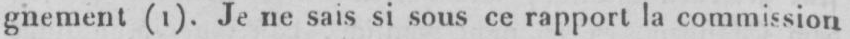
gnement (1). Je ne sais si sous ce rapport la commission